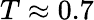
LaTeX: T\approx 0.7